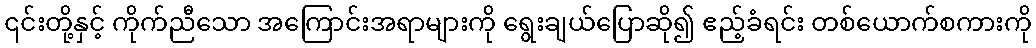
၎င်းတို့နှင့် ကိုက်ညီသော အကြောင်းအရာများကို ရွေးချယ်ပြောဆို၍ ဧည့်ခံရင်း တစ်ယောက်စကားကို